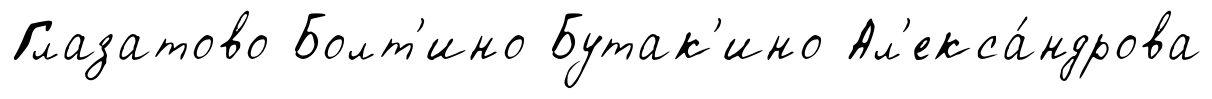
Глазатово Болт'ино Бутак'ино Ал'екса́ндрова